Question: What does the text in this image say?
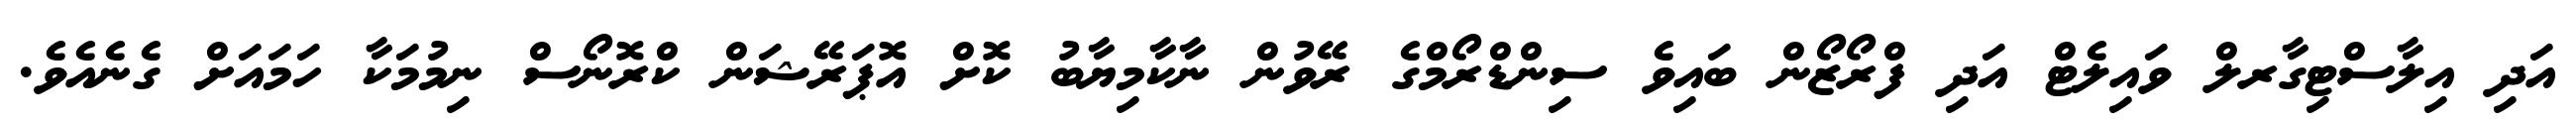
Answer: އަދި އިލާސްޓިގާރލް ވައިލެޓް އަދި ފްރޯޒޯން ބައިވެ ސިންޑްރޯމްގެ ރޭވުން ނާކާމިޔާބު ކޮށް އޮޕަރޭޝަން ކްރޮނޯސް ނިމުމަކާ ހަމައަށް ގެނެއެވެ.